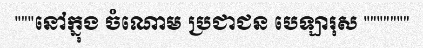
"""នៅក្នុង ចំណោម ប្រជាជន បេឡារុស """""""